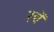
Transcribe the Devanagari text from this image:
रचें